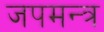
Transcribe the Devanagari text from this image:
जपमन्त्र